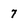
Character: 7